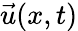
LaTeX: \vec{u}(x,t)